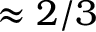
\approx 2 / 3